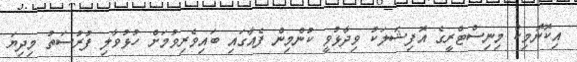
އިކޮނޮމިކް މިނިސްޓްރީގެ އޮފިޝަލަކު ވިދާޅުވީ ކުންމިން ފެއާގައި ބައިވެރިވުމަށް ހުޅުވާލި ފުރުސަތު މިދިޔަ